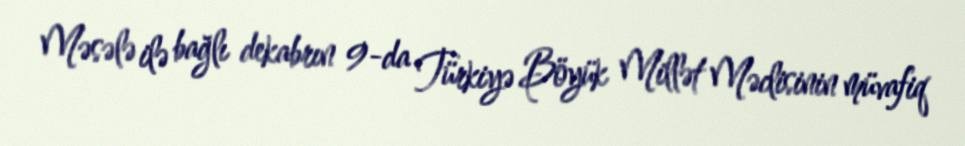
Məsələ ilə bağlı dekabrın 9-da Türkiyə Böyük Millət Məclisinin müvafiq